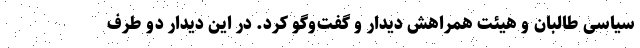
سیاسی طالبان و هیئت همراهش دیدار و گفت‌وگو کرد. در این دیدار دو‌ طرف